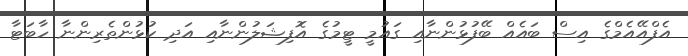
އެފްއޭއެމްގެ އިސް ބައެއް ބޭފުޅުންނާއި ގައުމީ ޓީމުގެ އޮފިޝަލުންނާއި އަދި ކުޅުންތެރިންނާ ހާބަޓާ